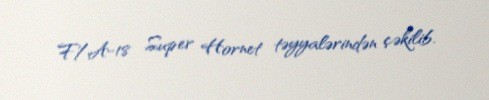
F/A-18 Super Hornet təyyalərindən çəkilib.